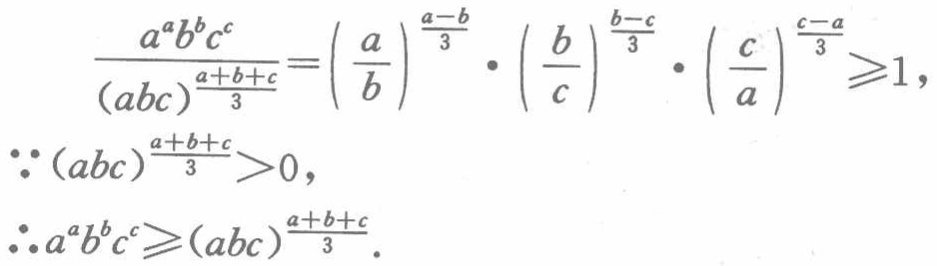
\[

\frac{a^{a}b^{b}c^{c}}{(abc)^{\frac{a + b + c}{3}}}=\left(\frac{a}{b}\right)^{\frac{a - b}{3}}\cdot\left(\frac{b}{c}\right)^{\frac{b - c}{3}}\cdot\left(\frac{c}{a}\right)^{\frac{c - a}{3}}\geqslant1,

\]

\[

\because(abc)^{\frac{a + b + c}{3}}>0,

\]

\[

\therefore a^{a}b^{b}c^{c}\geqslant(abc)^{\frac{a + b + c}{3}}.

\]